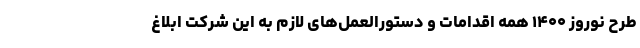
طرح نوروز ۱۴۰۰ همه اقدامات و دستورالعمل‌های لازم به این شرکت ابلاغ